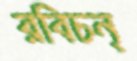
রবিচন্